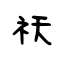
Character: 祅